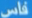
قاس